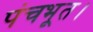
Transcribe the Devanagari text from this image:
पंचभूत।